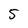
Character: 5